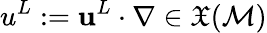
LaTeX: u^{L}:={\mathbf{u}}^{L}\cdot\nabla\in\mathfrak{X}(\mathcal{M})